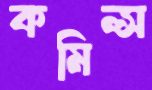
কমিন্স